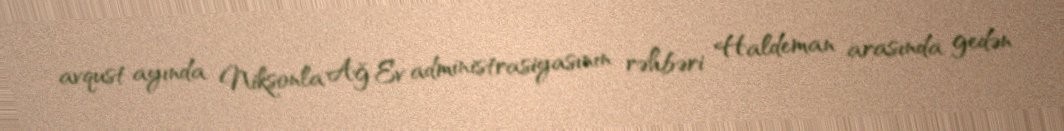
avqust ayında Niksonla Ağ Ev administrasiyasının rəhbəri Haldeman arasında gedən